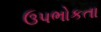
ઉપભોકતા